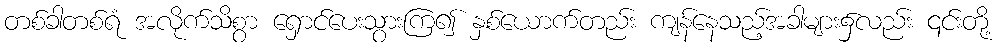
တစ်ခါတစ်ရံ အလိုက်သိစွာ ရှောင်ပေးသွားကြ၍ နှစ်ယောက်တည်း ကျန်နေသည့်အခါများ၌လည်း ၎င်းတို့